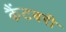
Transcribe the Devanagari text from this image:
कैंटबरी